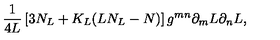
\frac { 1 } { 4 L } \left[ 3 N _ { L } + K _ { L } ( L N _ { L } - N ) \right] g ^ { m n } \partial _ { m } L \partial _ { n } L ,